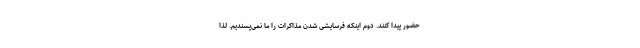
حضور پیدا کنند. دوم اینکه فرسایشی شدن مذاکرات را ما نمی‌پسندیم. لذا